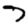
Digit: 7